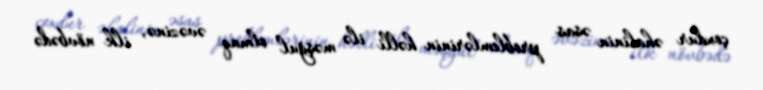
çoxdur əhalinin əsas problemlərinin həlli ilə məşğul olmaq əvəzinə, ilk növbədə